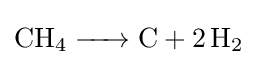
{\ce {CH4 -> C + 2H2}}